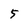
Character: 5